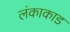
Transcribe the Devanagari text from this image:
लंकाकाड